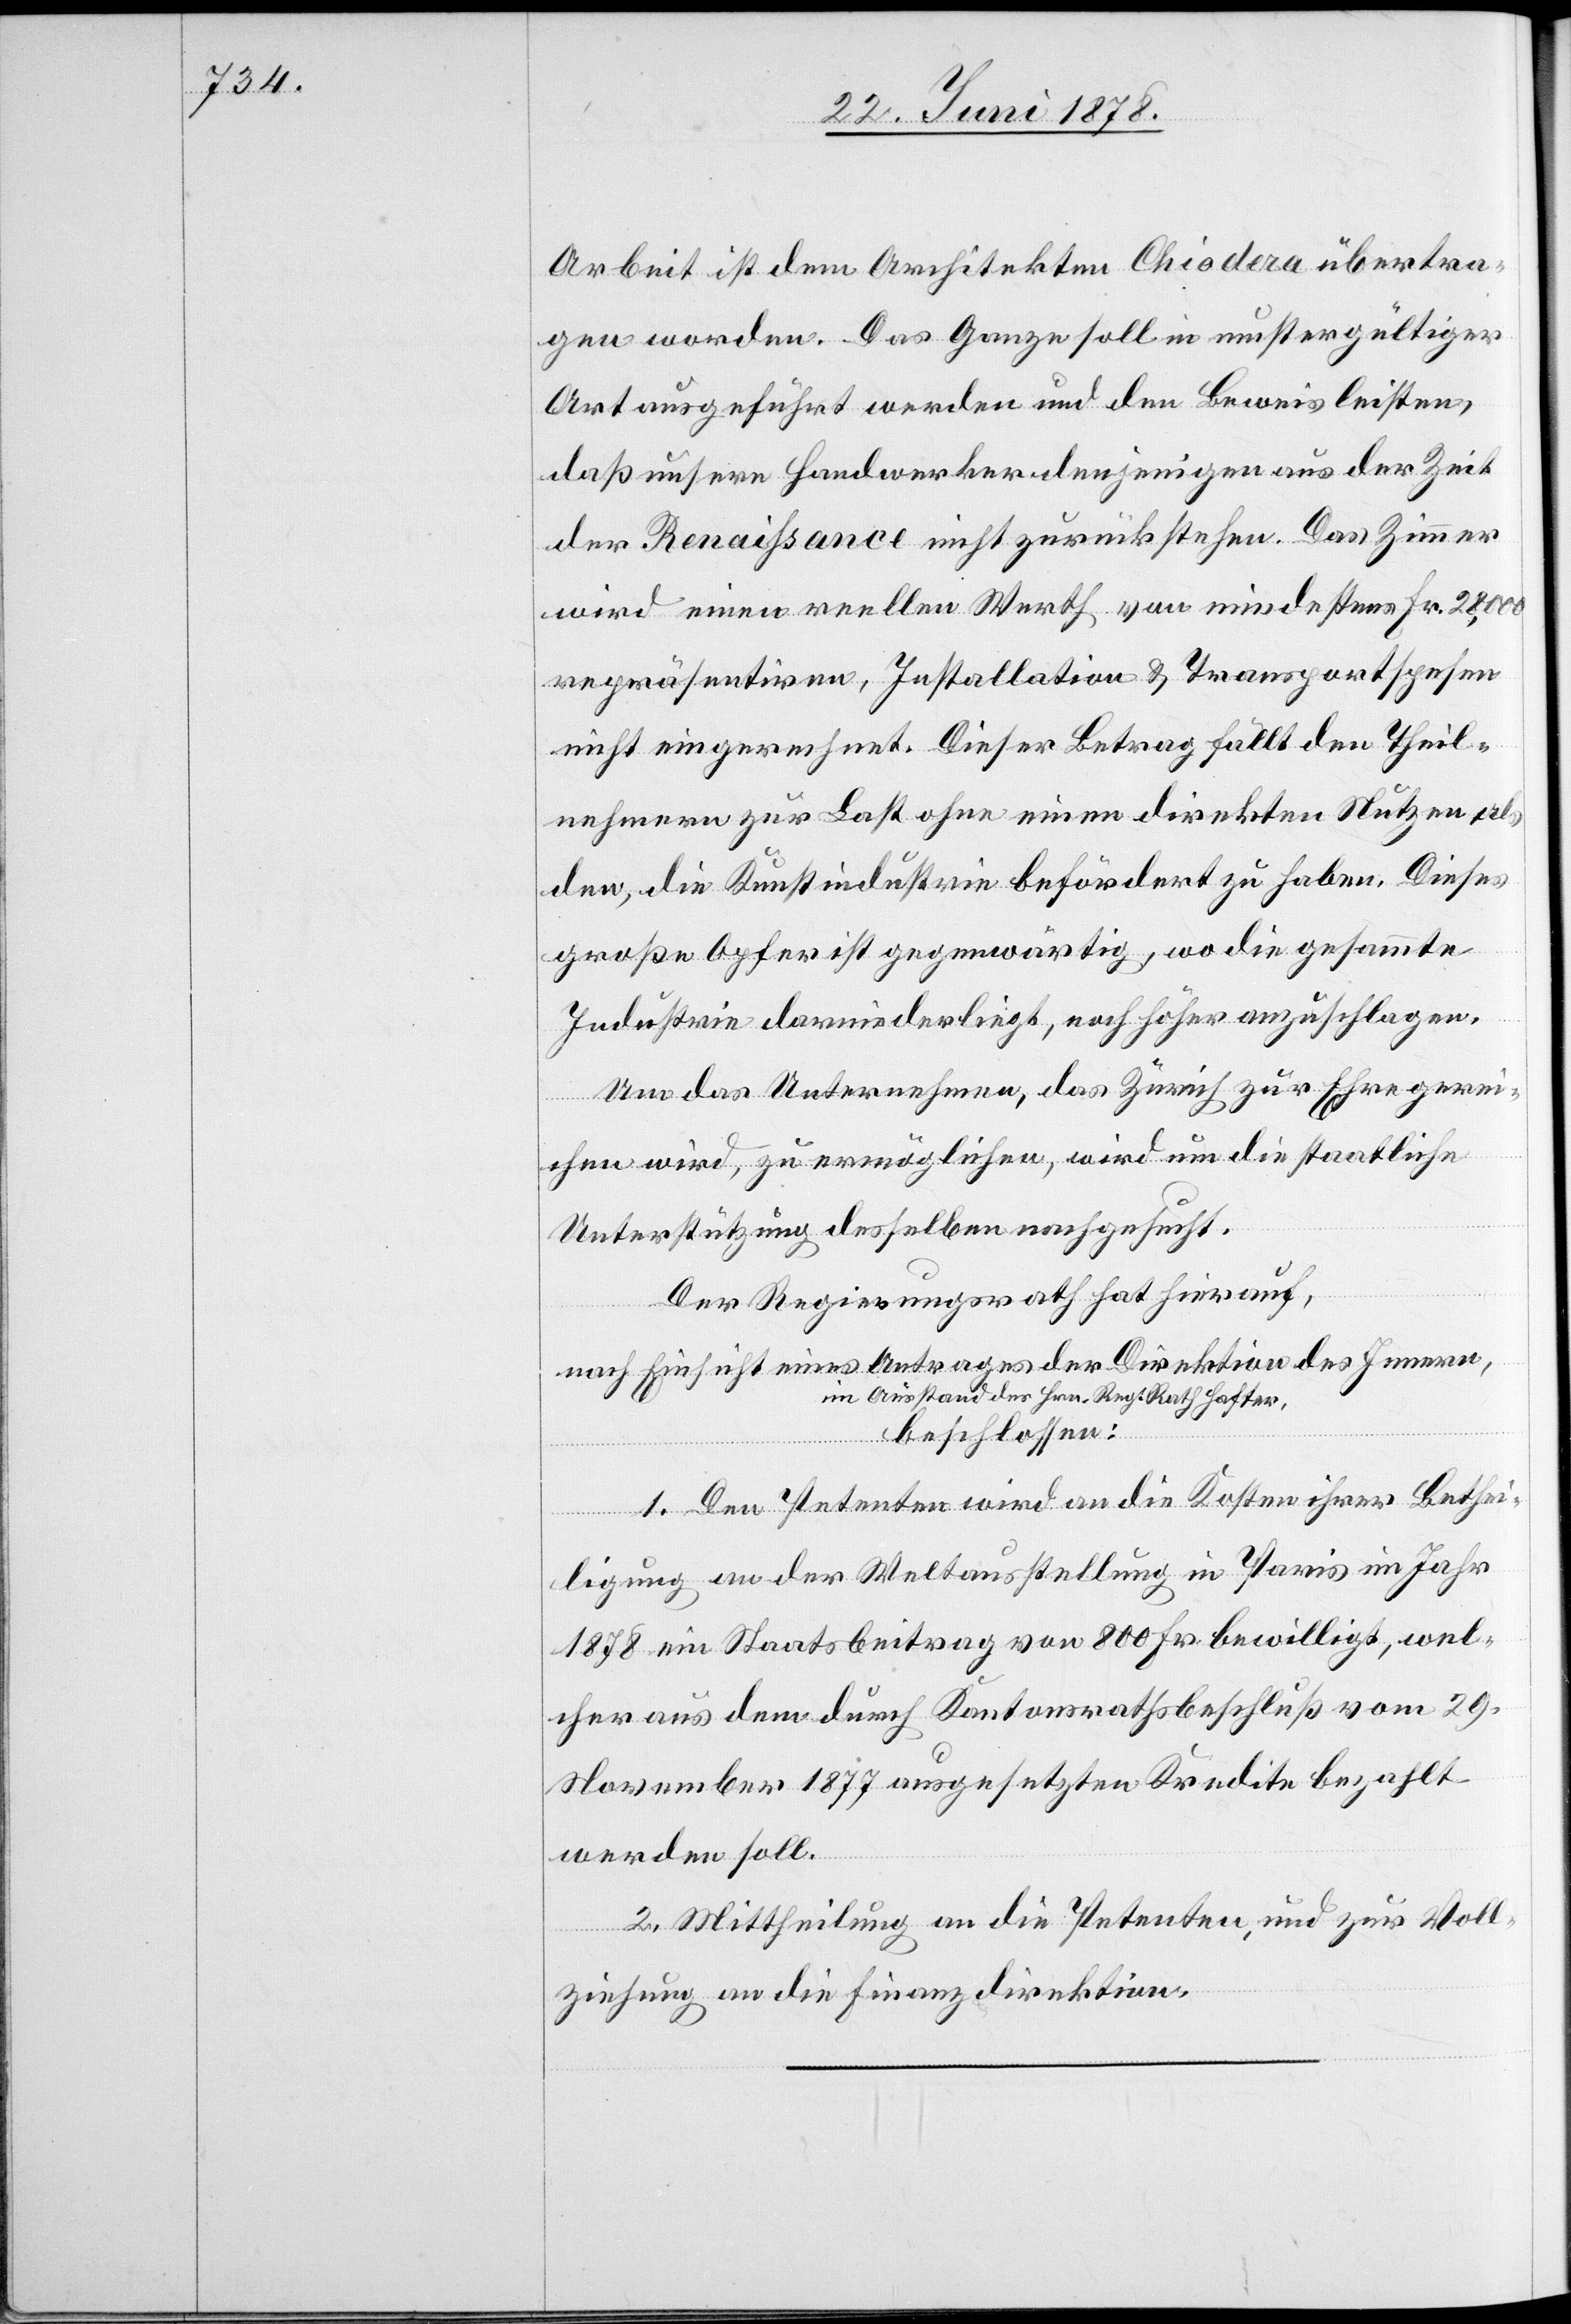
Arbeit ist dem Architekten Chiodera übertra¬
gen worden. Das Ganze soll in mustergültiger
Art ausgeführt werden und den Beweis leisten,
daß unsere Handwerker denjenigen aus der Zeit
der Renaißance nicht zurückstehen. Das Zimmer
wird einen reellen Werth von mindestens Fr. 28,000
repräsentiren, Installation & Transportspesen
nicht eingerechnet. Dieser Betrag fällt den Theil¬
nehmern zur Last ohne einen direkten Nutzen als
den, die Kunstindustrie befördert zu haben. Dieses
große Opfer ist gegenwärtig, wo die gesammte
Industrie darniederliegt, noch höher anzuschlagen.
Um das Unternehmen, das Zürich zur Ehre gerei¬
chen wird, zu ermöglichen, wird um die staatliche
Unterstützung desselben nachgesucht.
Der Regierungsrath hat hierauf,
nach Einsicht eines Antrages der Direktion des Innern,
im Ausstand des Hrn. Reg. Rath Hafter,
beschlossen:
1. Den Petenten wird an die Kosten ihrer Bethei¬
ligung an der Weltausstellung in Paris im Jahr
1878 ein Staatsbeitrag von 800 Fr. bewilligt, wel¬
cher aus dem durch Kantonsrathsbeschluß vom 29.
November 1877 ausgesetzten Kredite bezahlt
werden soll.
2. Mittheilung an die Petenten, und zur Voll¬
ziehung an die Finanzdirektion.